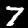
Digit: 7